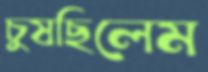
চুষছিলেম